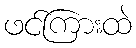
ဖင်ကြားထဲ